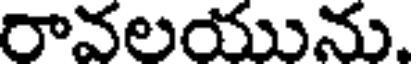
రావలయును.